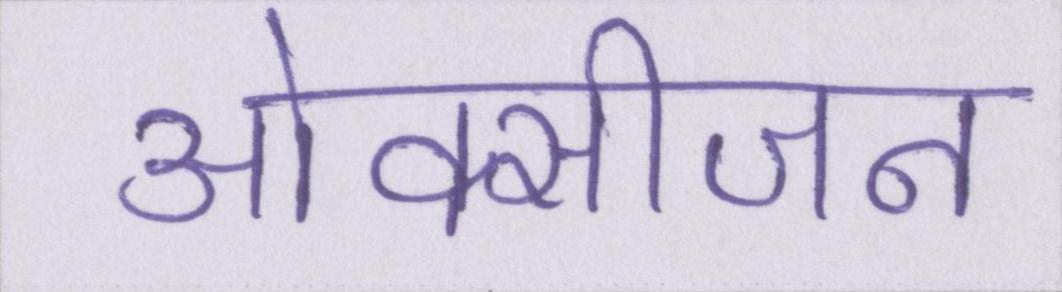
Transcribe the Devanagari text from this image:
ओक्सीजन